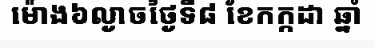
ម៉ោង៦ល្ងាចថ្ងៃទី៨ ខែកក្កដា ឆ្នាំ